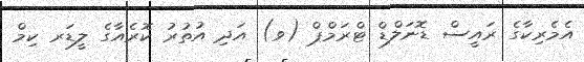
އެމެރިކާގެ ރައީސް ޑޮނަލްޑް ޓްރަމްޕް (ވ) އަދި އުތުރު ކޮރެއާގެ ލީޑަރ ކިމް